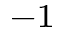
^ { - 1 }